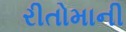
રીતોમાની